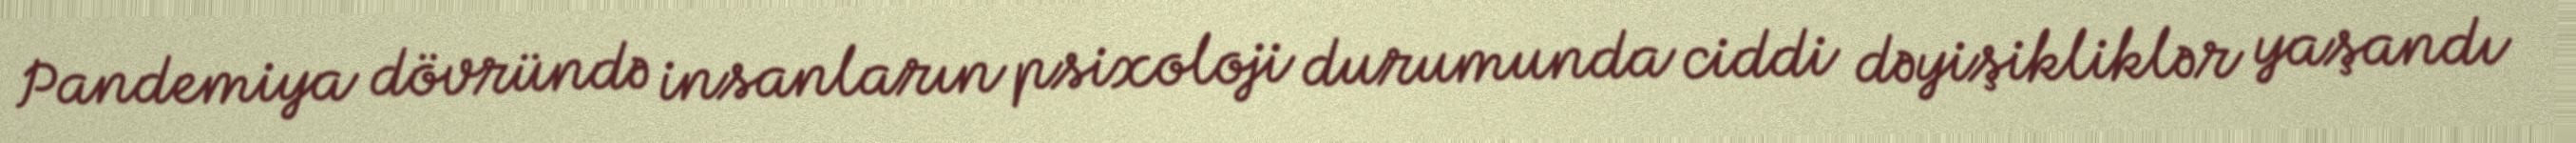
Pandemiya dövründə insanların psixoloji durumunda ciddi dəyişikliklər yaşandı